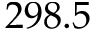
2 9 8 . 5